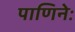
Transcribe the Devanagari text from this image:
पाणिनेः